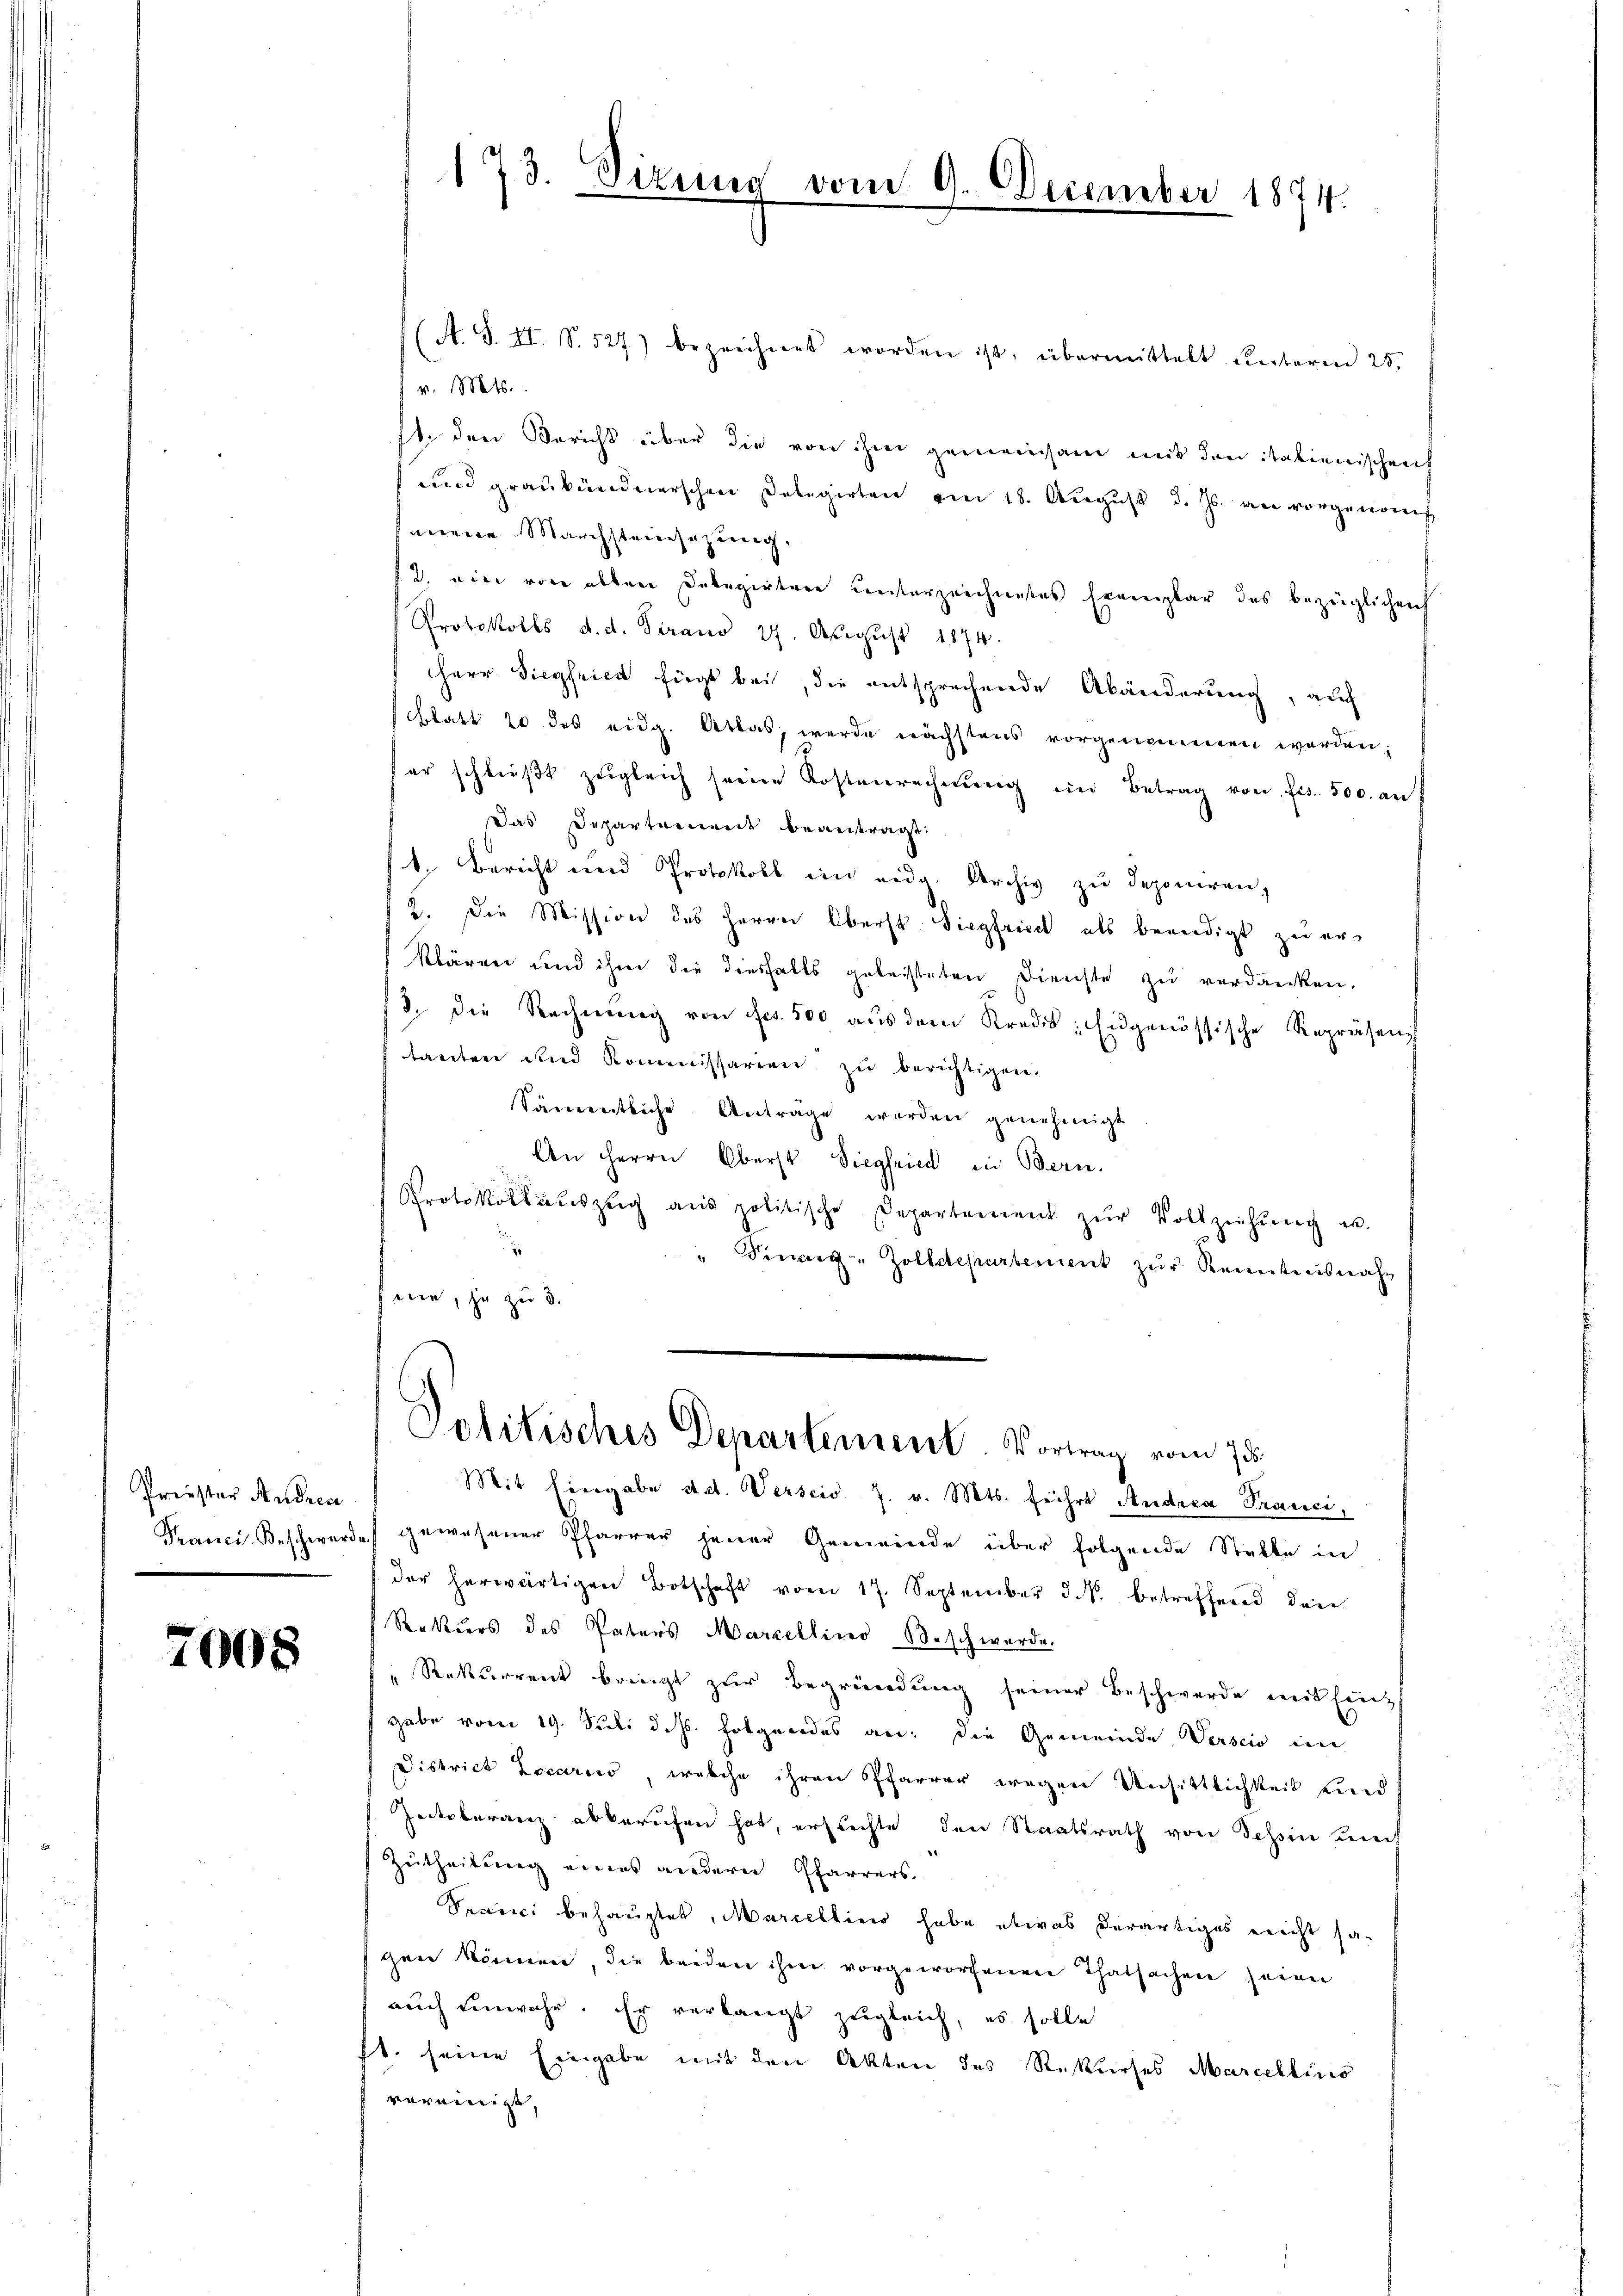
Preister Andren

7008

173. Dirung

vom 9. December 1874.

A. S. II. S. 527) bezeichnet worden ist, übermittelt Leiteren 25.
v. Mts.:
In den Bericht über die von ihm gemeinsam mit den italienischen
und graubündnerschen Delegirten am 18. Aŭgŭst d. Js. wie vorgenom
mene Marchsteinsezung,
2. ein von allen Delegirtere unterzeichnetes Exemplar des bezüglichen
Protokolls d. d. Tirano 27. Aŭgŭst 1874.
Herr Siegfried fügt bei, die entsprechende Abänderung, auch
Glatt 20 des eidg. Attas, werde nächstens vorgenommenen werden;
er schlieβt zŭgleich seine Kostenrechnŭng im Betrag von Frs. 500. an
Das Departement beantragt.
1. Bericht und Protokoll ein eidg. Archiv zŭ deponiren,
2. Die Mission des Herrn Oberst Siegfried als beendigt zu erklären und ihm die diesfalls geleisteten Dienste zŭ verdanken.
/3. die Rechnŭng von Jes. 500 aŭs dem Kredis; Eidgenössische Repräsen,
tanten und Kommissarien zŭ berichtigen.
Sämentliche Anträge werden genehmigt
An Herrn Oberst Siegfried in Bern.
Protokoll aŭszŭg aŭs politische Departement zŭr Vollziehŭng u.
" Finanz- Zolldepartement zur Renntnisnahnie, ja zu 3.
Politisches Departement. Vortrag vom 15.
Mit Eingabe stet. Verscio 7. v. Mts. führt Andrea Tranci,
Kranci. Beschwerde gewesener Pfarrer jener Gemeinde über folgende Stelle in
der herwärtigen Botschaft vom 17. September d. M. betreffend den
Rekurs des Paters Marcellino Beschwerde.
Rekurrent bringt zur Begründung seiner Beschwerde weit hinz
gabe vom 19. Juli d. Js. folgendes an. Die Gemeinde Verscio in
District Locario, welche ihren Pfarrer wegen Unsittlichkeit sind
Zeitsberanz abberufen hat, ersuchte den Staatsrath von Tessin auch
Zutheilung eines andern Pfarrers
Spanici behauptet, Marcellino habe etwas derartiges nicht sa
gen können, die beiden ihm vorgeworfenen Thatsachen seien
auch einwahr. Er verlangt zugleich, es solle
t. seine Eingabe mit den Akten des Rekurses Marcellisio
vereinigt,